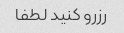
رزرو کنید لطفا